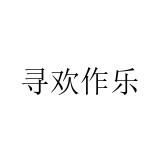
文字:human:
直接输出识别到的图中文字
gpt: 寻欢作乐